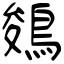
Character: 鵕